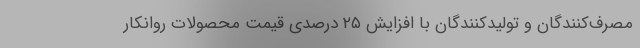
مصرف‌کنندگان و تولیدکنندگان با افزایش ۲۵ درصدی قیمت محصولات روانکار